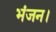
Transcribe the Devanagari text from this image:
भंजन।